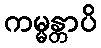
ကမ္မန္တာပိ